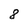
Character: 8